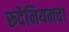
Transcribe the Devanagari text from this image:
रूदेनियमचा